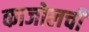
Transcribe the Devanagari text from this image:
काजोलची